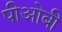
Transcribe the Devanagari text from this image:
पीओबी